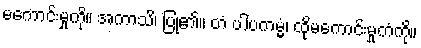
မကောင်းမှုကို။ အကာသိ၊ ပြု၏။ တံ ပါပကမ္မံ၊ ထိုမကောင်းမှုကံကို။